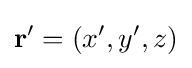
\mathbf {r} '=(x',y',z)